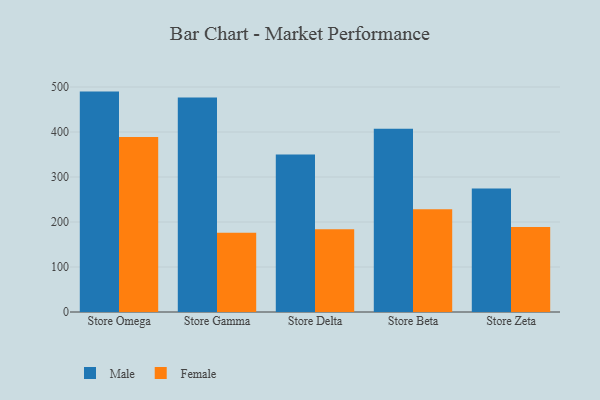
{"axis": {"x": "Store", "y": "Operating Costs (USD K)"}, "legend": ["Female", "Male"], "data": [{"x": "Store Omega", "y": 489.8, "type": "Male"}, {"x": "Store Omega", "y": 388.8, "type": "Female"}, {"x": "Store Gamma", "y": 476.5, "type": "Male"}, {"x": "Store Gamma", "y": 176.2, "type": "Female"}, {"x": "Store Delta", "y": 349.8, "type": "Male"}, {"x": "Store Delta", "y": 183.7, "type": "Female"}, {"x": "Store Beta", "y": 407.2, "type": "Male"}, {"x": "Store Beta", "y": 228.6, "type": "Female"}, {"x": "Store Zeta", "y": 274.6, "type": "Male"}, {"x": "Store Zeta", "y": 189.0, "type": "Female"}]}